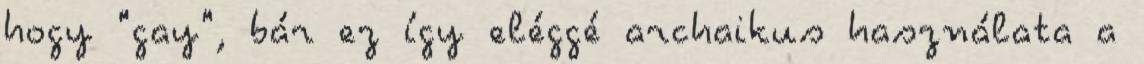
hogy "gay", bár ez így eléggé archaikus használata a